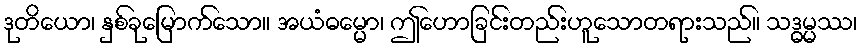
ဒုတိယော၊ နှစ်ခုမြောက်သော။ အယံဓမ္မော၊ ဤဟောခြင်းတည်းဟူသောတရားသည်။ သဒ္ဓမ္မဿ၊